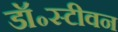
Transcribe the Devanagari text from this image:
डॉ॰स्टीवन